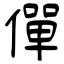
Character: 僤